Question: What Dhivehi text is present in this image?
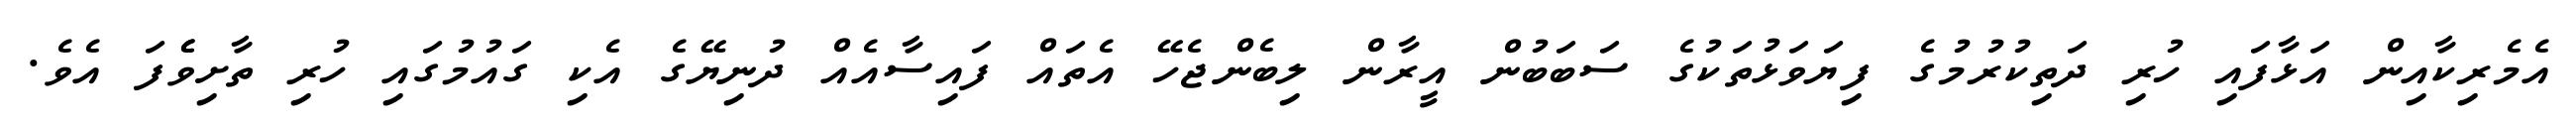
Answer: އެމެރިކާއިން އަޅާފައި ހުރި ދަތިކުރުމުގެ ފިޔަވަޅުތަކުގެ ސަބަބުން އީރާން ލިބެންޖެހޭ އެތައް ފައިސާއެއް ދުނިޔޭގެ އެކި ގައުމުގައި ހުރި ތާށިވެެފަ އެވެ.